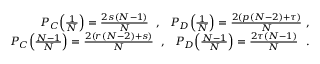
\begin{array} { r } { P _ { C } \Big ( \frac { 1 } { N } \Big ) = \frac { 2 s ( N - 1 ) } { N } ~ ~ , ~ ~ P _ { D } \Big ( \frac { 1 } { N } \Big ) = \frac { 2 ( p ( N - 2 ) + \tau ) } { N } ~ , } \\ { P _ { C } \Big ( \frac { N - 1 } { N } \Big ) = \frac { 2 ( r ( N - 2 ) + s ) } { N } ~ ~ , ~ ~ P _ { D } \Big ( \frac { N - 1 } { N } \Big ) = \frac { 2 \tau ( N - 1 ) } { N } ~ ~ . } \end{array}